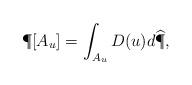
LaTeX: \begin{align*}\P[A_u] = \int_{A_u} D(u) d\widehat{\P},\end{align*}